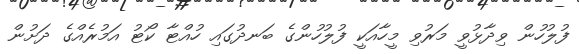
ފުލުހުން ވިދާޅުވީ މަރުވި މީހާއަކީ ފުލުހުންގެ ބަނދުގައި ހުއްޓާ ކޯޓު އަމުރެއްގެ ދަށުން